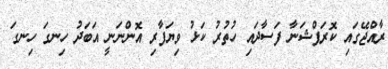
ރާއްޖޭގައި ކޮރަޕްޝަނާ ފަސާދައި ހުތުރު ކަޅު ވިޔަފާރި އޮންނަނީ އަބަދު ހިނގަ ހިނގަ